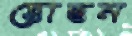
হোছন